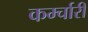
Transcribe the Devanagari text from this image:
कर्म्चारी